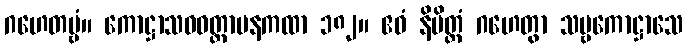
ဂဟေတဗ္ဗံ။ ကောဋ္ဌာသဝဝတ္ထာပနကထာ ၁၈၂။ ဧဝံ နိမိတ္တံ ဂဟေတွာ သဗ္ဗကောဋ္ဌာသေ